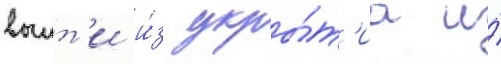
выит'и и́з укры́т'иа и́